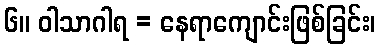
၆။ ဝါသာဂါရ = နေရာကျောင်းဖြစ်ခြင်း၊